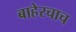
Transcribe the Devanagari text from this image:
बाहेरचाच